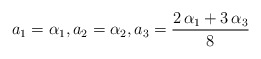
\begin{align*}a_1=\alpha_1, a_2=\alpha_2, {a_3} =\frac{2\,\alpha_1+3\,\alpha_3}{8}\end{align*}